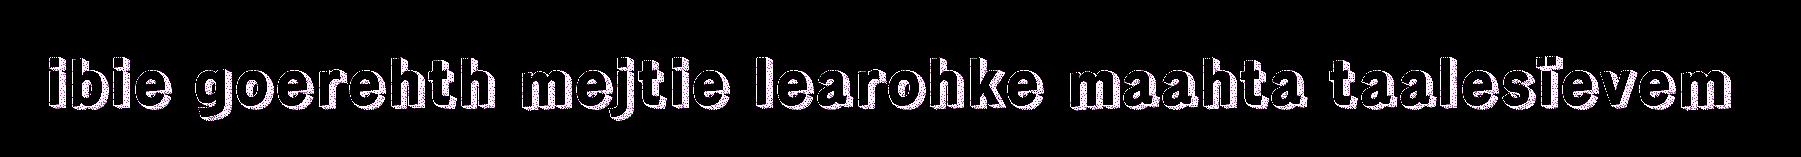
ibie goerehth mejtie learohke maahta taalesïevem